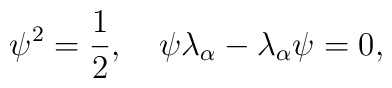
\psi^2={1\over 2}, \quad \psi\lambda_\alpha-\lambda_\alpha\psi=0,